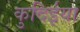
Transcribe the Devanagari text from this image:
कुदिईया